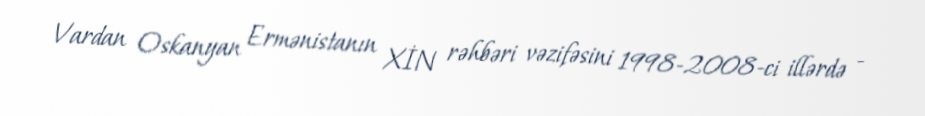
Vardan Oskanyan Ermənistanın XİN rəhbəri vəzifəsini 1998-2008-ci illərdə -